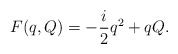
\begin{align*}F(q,Q)=-{i\over 2} q^2 + qQ.\end{align*}